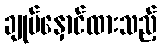
ချုပ်နှောင်ထားသည့်